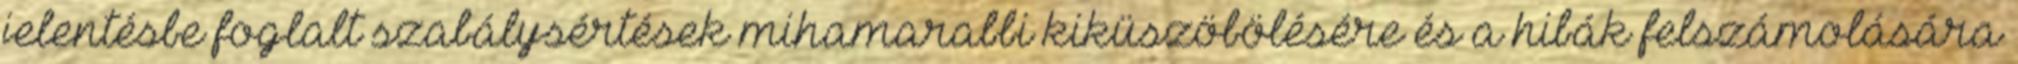
jelentésbe foglalt szabálysértések mihamarabbi kiküszöbölésére és a hibák felszámolására